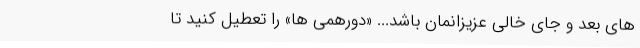
های بعد و جای خالی عزیزانمان باشد... «دورهمی ها» را تعطیل کنید تا